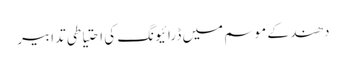
دھند کے موسم میں ڈرائیونگ کی احتیاطی تدابیر